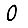
Digit: 0